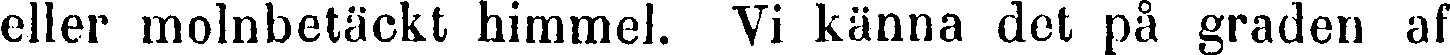
eller molnbetäckt himmel. Vi känna det på graden af